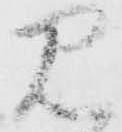
見